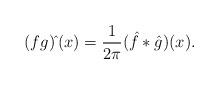
LaTeX: \begin{align*}(fg)\hat{\,}(x)=\frac{1}{2\pi }(\hat{f}\ast \hat{g})(x).\end{align*}